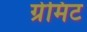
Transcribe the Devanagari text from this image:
ग्रेमिट